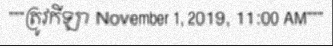
"""ត្រូវកីឡា November 1, 2019, 11:00 AM"""